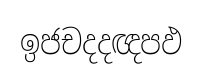
ඉජචදදඥපඵ